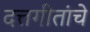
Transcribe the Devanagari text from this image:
दत्तगीतांचे